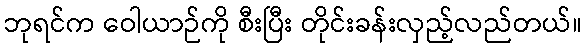
ဘုရင်က ဝေါယာဉ်ကို စီးပြီး တိုင်းခန်းလှည့်လည်တယ်။